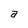
Character: a